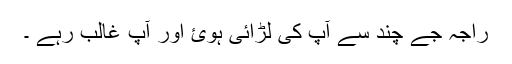
راجہ جے چند سے آپ کی لڑائی ہوئ اور آپ غالب رہے ۔